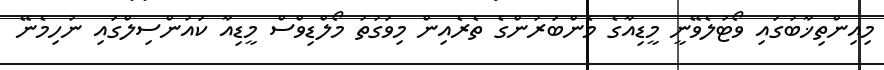
މިއިންތިޚާބުގައި ވޯޓުލެވޭނީ މީޑިއާގެ މެންބަރުންގެ ތެރެއިން މިވަގުތު މޯލްޑިވްސް މީޑިއާ ކައުންސިލްގައި ނުހިމެނޭ